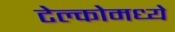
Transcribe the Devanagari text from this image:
टेल्कोमध्ये